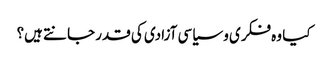
کیا وہ فکری و سیاسی آزادی کی قدر جانتے ہیں؟